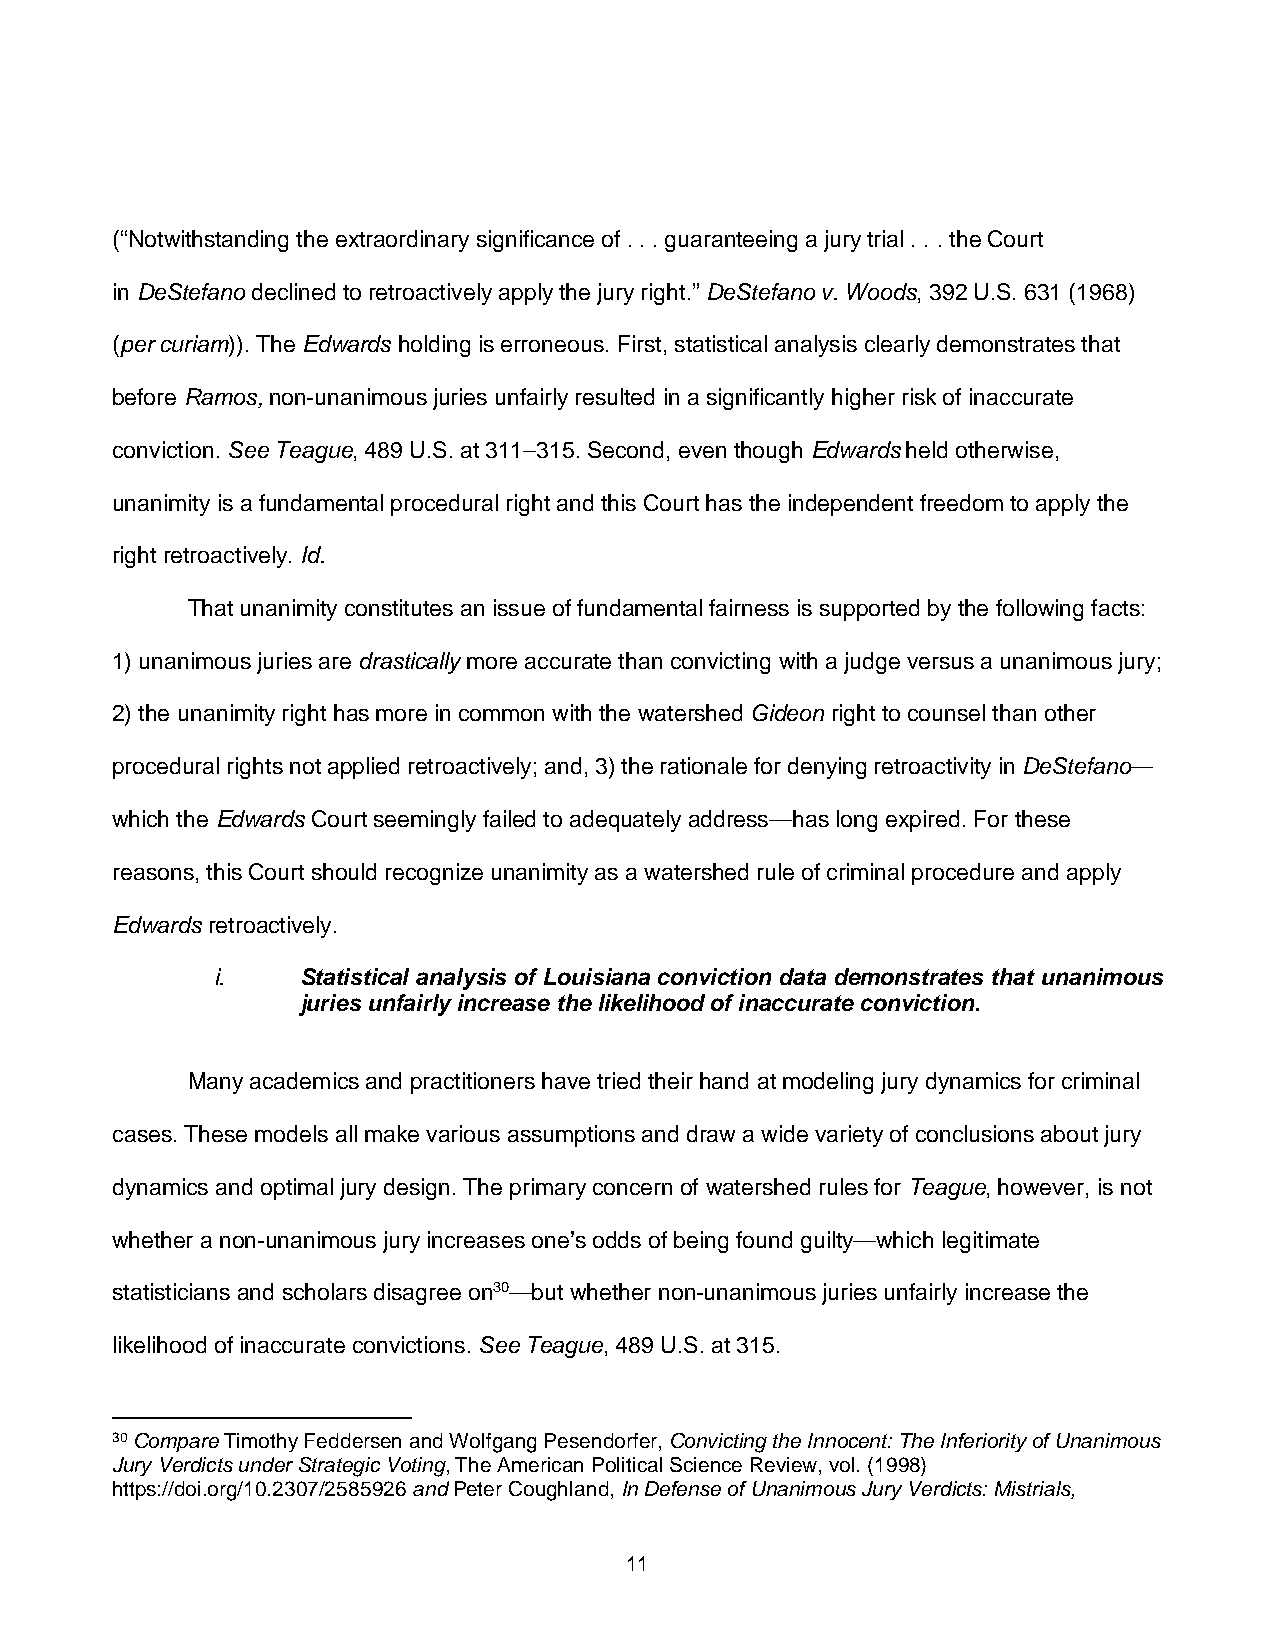
(“Notwithstanding the extraordinary significance of . . . guaranteeing a jury trial . . . the Court
 in DeStefano declined to retroactively apply the jury right.” DeStefano v. Woods, 392 U.S. 631 (1968)
 (per curiam)). The Edwards holding is erroneous. First, statistical analysis clearly demonstrates that
 before Ramos, non-unanimous juries unfairly resulted in a significantly higher risk of inaccurate
 conviction. See Teague, 489 U.S. at 311–315. Second, even though Edwards held otherwise,
 unanimity is a fundamental procedural right and this Court has the independent freedom to apply the
 right retroactively. Id.
 That unanimity constitutes an issue of fundamental fairness is supported by the following facts:
 1) unanimous juries are drastically more accurate than convicting with a judge versus a unanimous jury;
 2) the unanimity right has more in common with the watershed Gideon right to counsel than other
 procedural rights not applied retroactively; and, 3) the rationale for denying retroactivity in DeStefano—
 which the Edwards Court seemingly failed to adequately address—has long expired. For these
 reasons, this Court should recognize unanimity as a watershed rule of criminal procedure and apply
 Edwards retroactively.
 i.    Statistical analysis of Louisiana conviction data demonstrates that unanimous
 juries unfairly increase the likelihood of inaccurate conviction.
 Many academics and practitioners have tried their hand at modeling jury dynamics for criminal
 cases. These models all make various assumptions and draw a wide variety of conclusions about jury
 dynamics and optimal jury design. The primary concern of watershed rules for Teague, however, is not
 whether a non-unanimous jury increases one’s odds of being found guilty—which legitimate
 statisticians and scholars disagree on30—but whether non-unanimous juries unfairly increase the
 likelihood of inaccurate convictions. See Teague, 489 U.S. at 315.
 30Compare Timothy Feddersen and Wolfgang Pesendorfer, Convicting the Innocent: The Inferiority of Unanimous
 Jury Verdicts under Strategic Voting, The American Political Science Review, vol. (1998)
 https://doi.org/10.2307/2585926 and Peter Coughland, In Defense of Unanimous Jury Verdicts: Mistrials,
 11